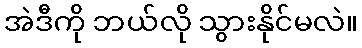
အဲဒီကို ဘယ်လို သွားနိုင်မလဲ။